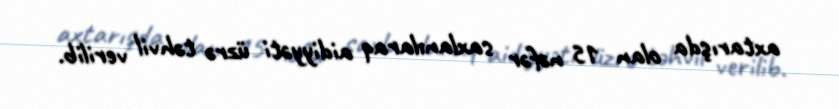
axtarışda olan 15 nəfər saxlanılaraq aidiyyəti üzrə təhvil verilib.